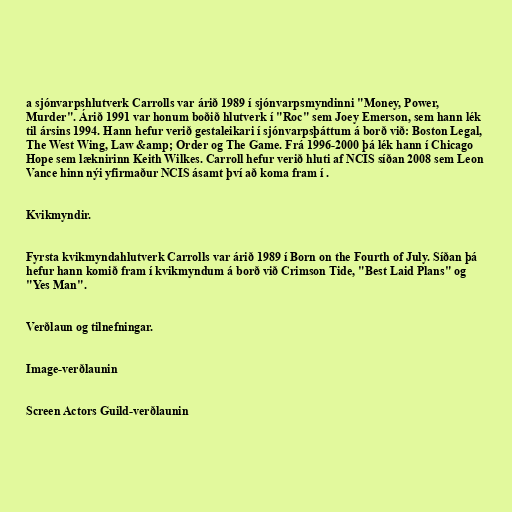
a sjónvarpshlutverk Carrolls var árið 1989 í sjónvarpsmyndinni "Money, Power,
Murder". Árið 1991 var honum boðið hlutverk í "Roc" sem Joey Emerson, sem hann lék
til ársins 1994. Hann hefur verið gestaleikari í sjónvarpsþáttum á borð við: Boston Legal,
The West Wing, Law &amp; Order og The Game. Frá 1996-2000 þá lék hann í Chicago
Hope sem læknirinn Keith Wilkes. Carroll hefur verið hluti af NCIS síðan 2008 sem Leon
Vance hinn nýi yfirmaður NCIS ásamt því að koma fram í .

Kvikmyndir.

Fyrsta kvikmyndahlutverk Carrolls var árið 1989 í Born on the Fourth of July. Síðan þá
hefur hann komið fram í kvikmyndum á borð við Crimson Tide, "Best Laid Plans" og
"Yes Man".

Verðlaun og tilnefningar.

Image-verðlaunin

Screen Actors Guild-verðlaunin